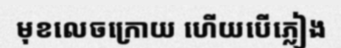
មុខលេចក្រោយ ហើយបើភ្លៀង